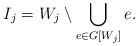
\begin{align*}I_j=W_j\setminus \bigcup_{e\in G[W_j]}e.\end{align*}